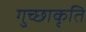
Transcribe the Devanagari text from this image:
गुच्छाकृति